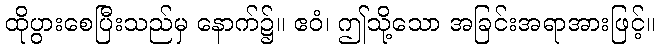
ထိုပွားစေပြီးသည်မှ နောက်၌။ ဧဝံ၊ ဤသို့သော အခြင်းအရာအားဖြင့်။